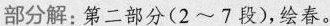
部分解:第二部分（2~7段),绘春。